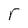
Character: r